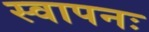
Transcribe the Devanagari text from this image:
स्वापनः